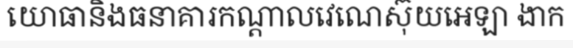
យោធានិងធនាគារកណ្តាលវេណេស៊ុយអេឡា ងាក